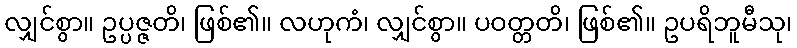
လျှင်စွာ။ ဥပ္ပဇ္ဇတိ၊ ဖြစ်၏။ လဟုကံ၊ လျှင်စွာ။ ပဝတ္တတိ၊ ဖြစ်၏။ ဥပရိဘူမီသု၊